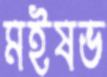
মইষভ